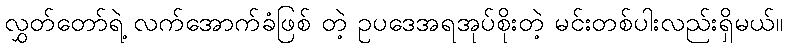
လွှတ်တော်ရဲ့ လက်အောက်ခံဖြစ် တဲ့ ဥပဒေအရအုပ်စိုးတဲ့ မင်းတစ်ပါးလည်းရှိမယ်။